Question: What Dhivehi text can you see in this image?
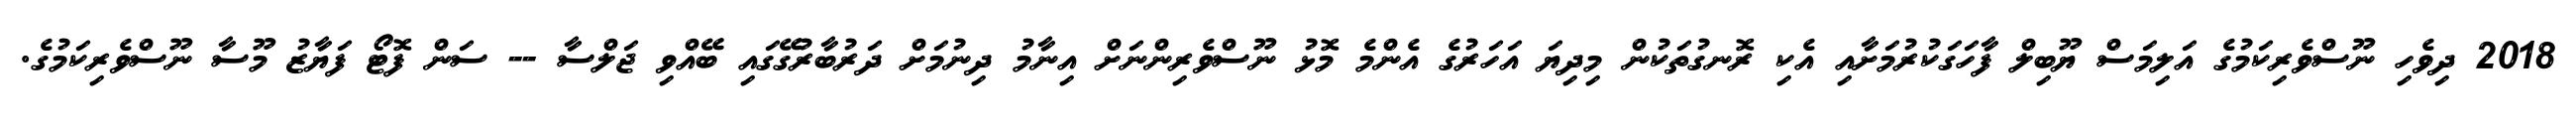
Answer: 2018 ދިވެހި ނޫސްވެރިކަމުގެ އަލިމަސް ޔޫބިލް ފާހަގަކުރުމަށާއި އެކި ރޮނގުތަކުން މިދިޔަ އަހަރުގެ އެންމެ މޮޅު ނޫސްވެރިންނަށް އިނާމު ދިނުމަށް ދަރުބާރުގޭގައި ބޭއްވި ޖަލްސާ -- ސަން ފޮޓޯ ފަޔާޒު މޫސާ ނޫސްވެރިކަމުގެ.